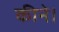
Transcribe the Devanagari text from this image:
कीने।